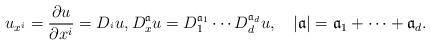
LaTeX: \begin{align*}u_{x^{i}}=\frac{\partial u}{\partial x^{i}}=D_{^{i}}u,D_{x}^{\mathfrak{a}}u=D_{1}^{\mathfrak{a}_{1}}\cdots D_{d}^{\mathfrak{a}_{d}}u,\quad|\mathfrak{a}|=\mathfrak{a}_{1}+\cdots+\mathfrak{a}_{d}.\end{align*}